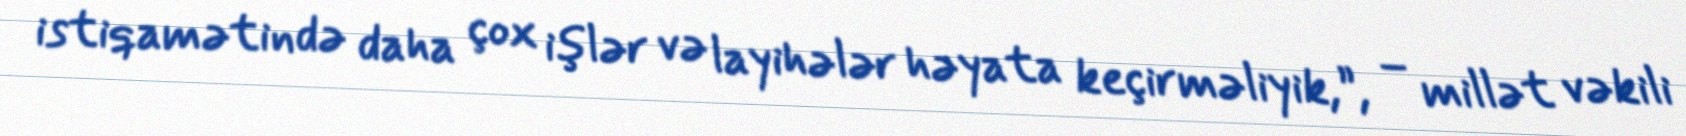
istiqamətində daha çox işlər və layihələr həyata keçirməliyik,”, – millət vəkili